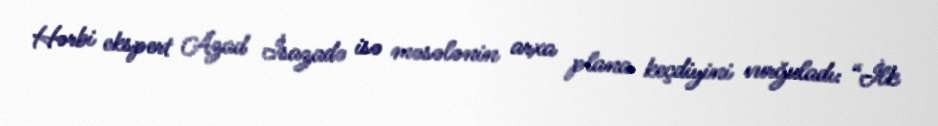
Hərbi ekspert Azad İsazadə isə məsələnin arxa plana keçdiyini vurğuladı: “İlk